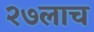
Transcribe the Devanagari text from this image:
२७लाच